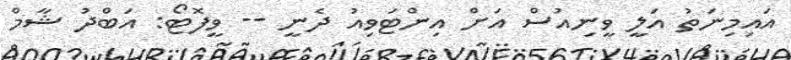
އައިމިނަތު އަލީ ވީނިއުސް އަށް އިންޓަވިއު ދެނީ -- ވީފޮޓޯ: އަބްދު ޝާމް